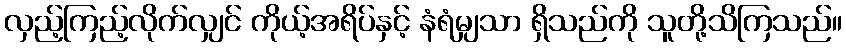
လှည့်ကြည့်လိုက်လျှင် ကိုယ့်အရိပ်နှင့် နံရံမျှသာ ရှိသည်ကို သူတို့သိကြသည်။